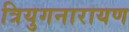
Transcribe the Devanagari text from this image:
त्रियुगनारायण